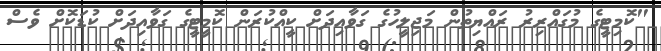
"ކޮމިޓީގެ މުގައްރިރު ރައްޔިތުން މަޖިލީހުގެ ގަވާއިދަށް ކީއްކުރަން ކޮމީޓީގެ ގަވާއިދަށް ކުޑަކޮށް ވެސް